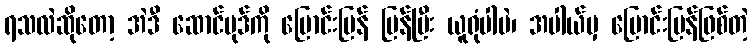
ရသလဲဆိုတော့ အဲဒီ ဆောင်ပုဒ်ကို ပြောင်းပြန် ပြန်ပြီး ယူရုံပါပဲ၊ အပါယ်မှ ပြောင်းပြန်ဖြစ်တဲ့